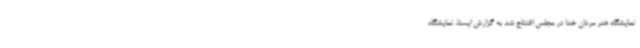
نمایشگاه هنر مردان خدا در مجلس افتتاح شد به گزارش ایسنا، نمایشگاه